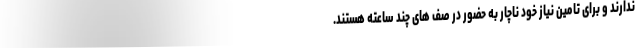
ندارند و برای تامین نیاز خود ناچار به حضور در صف های چند ساعته هستند.